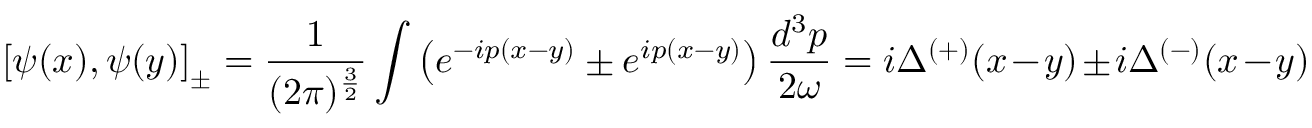
\left[ \psi ( x ) , \psi ( y ) \right] _ { \pm } = \frac { 1 } { ( 2 \pi ) ^ { \frac { 3 } { 2 } } } \int \left( e ^ { - i p ( x - y ) } \pm e ^ { i p ( x - y ) } \right) \frac { d ^ { 3 } p } { 2 \omega } = i \Delta ^ { \left( + \right) } ( x - y ) \pm i \Delta ^ { \left( - \right) } ( x - y )